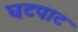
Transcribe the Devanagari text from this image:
घटपाट